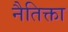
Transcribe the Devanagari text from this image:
नैतिक्ता